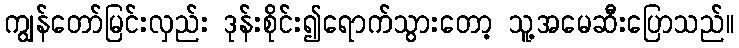
ကျွန်တော်မြင်းလှည်း ဒုန်းစိုင်း၍ရောက်သွားတော့ သူ့အမေဆီးပြောသည်။